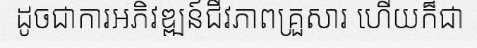
ដូចជាការអភិវឌ្ឍន៍ជីវភាពគ្រួសារ ហើយក៏ជា